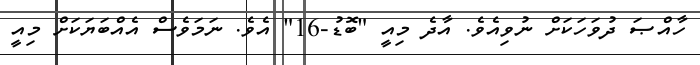
ހާއްޞަ ދުވަހަކަށް ނުވިއެވެ. އާދެ މިއީ "ބޮޑު-16" އެވެ. ނަމަވެސް އެއްބަޔަކަށް މިއީ